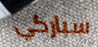
سباركي